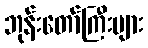
ဘုန်းတော်ကြီးများ